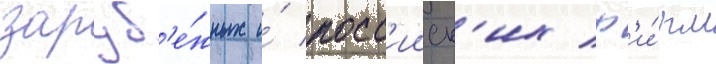
заруб'е́жных и́ росс'ииск'их ф'и́рм